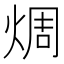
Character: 𪸼